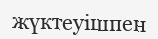
жүктеуішпен